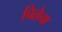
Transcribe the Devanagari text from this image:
चितेचा